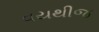
વયથીજ